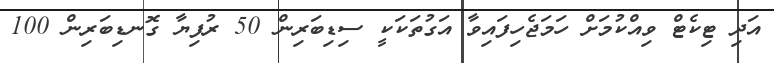
އަދި ޓިކެޓް ވިއްކުމަށް ހަމަޖެހިފައިވާ އަގުތަކަކީ ސިޑިބަރިން 50 ރުފިޔާ ގޮނޑިބަރިން 100